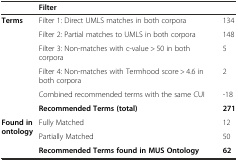
|  | Filter |  |
 | --- | --- | --- |
 | <ROWSPAN=6> Terms | Filter 1: Direct UMLS matches in both corpora | 134 |
 | Filter 2: Partial matches to UMLS in both corpora | 148 |
 | Filter 3: Non-matches with c-value > 50 in both corpora | 5 |
 | Filter 4: Non-matches with Termhood score > 4.6 in both corpora | 2 |
 | Combined recommended terms with the same CUI | -18 |
 | Recommended Terms (total) | 271 |
 | <ROWSPAN=2> Found in ontology | Fully Matched | 12 |
 | Partially Matched | 50 |
 |  | Recommended Terms found in MUS Ontology | 62 |